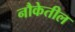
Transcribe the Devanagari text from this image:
नौकेतील